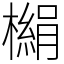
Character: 㯞